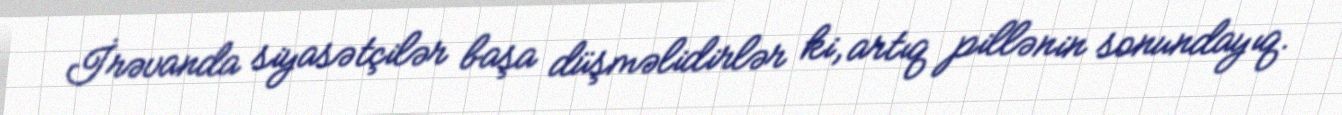
İrəvanda siyasətçilər başa düşməlidirlər ki, artıq pillənin sonundayıq.